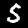
Label: 5